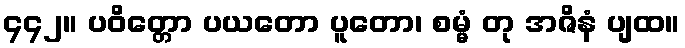
၄၄၂။ ပဝိတ္တော ပယတော ပူတော၊ စမ္မံ တု အဇိနံ ပျထ။